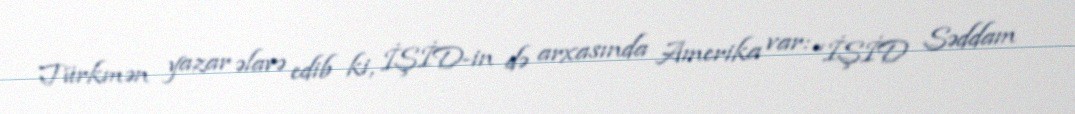
Türkmən yazar əlavə edib ki, İŞİD-in də arxasında Amerika var: “İŞİD Səddam